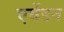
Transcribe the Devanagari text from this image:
एबेंडन